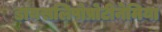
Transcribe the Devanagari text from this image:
डायसलिपोप्रोटीनेमिया